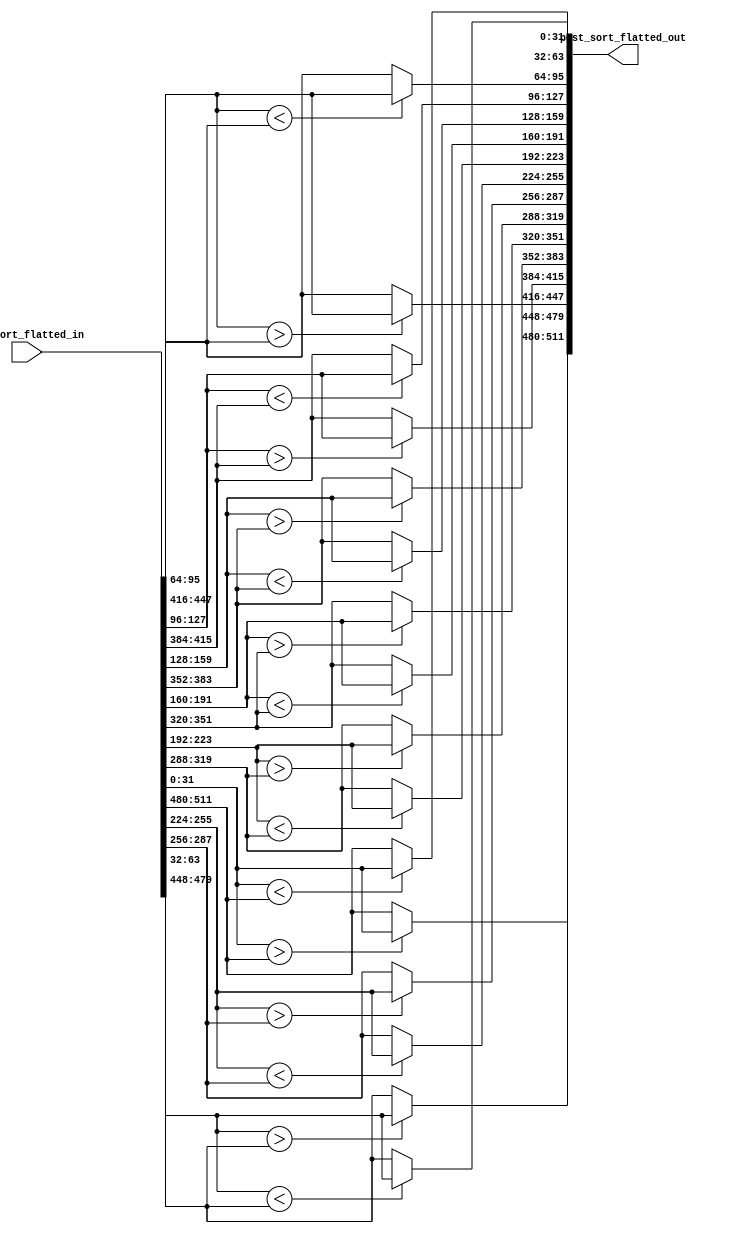
module bitonic_sorter_orange
#(
    parameter SINGLE_WAY_WIDTH_IN_BITS = 32,
    parameter NUM_WAY                  = 16 // must be a power of 2
)
(
    input  [SINGLE_WAY_WIDTH_IN_BITS * NUM_WAY - 1 : 0]  pre_sort_flatted_in,
    output [SINGLE_WAY_WIDTH_IN_BITS * NUM_WAY - 1 : 0]  post_sort_flatted_out
);

generate
genvar gen;

for(gen = 0; gen < NUM_WAY / 2; gen = gen + 1)
begin
    assign post_sort_flatted_out[gen * SINGLE_WAY_WIDTH_IN_BITS +: SINGLE_WAY_WIDTH_IN_BITS] = 
    
   (pre_sort_flatted_in[gen * SINGLE_WAY_WIDTH_IN_BITS +: SINGLE_WAY_WIDTH_IN_BITS] <
    pre_sort_flatted_in[(NUM_WAY - gen - 1) * SINGLE_WAY_WIDTH_IN_BITS +: SINGLE_WAY_WIDTH_IN_BITS]) ?
    pre_sort_flatted_in[gen * SINGLE_WAY_WIDTH_IN_BITS +: SINGLE_WAY_WIDTH_IN_BITS]  :
    pre_sort_flatted_in[(NUM_WAY - gen - 1) * SINGLE_WAY_WIDTH_IN_BITS +: SINGLE_WAY_WIDTH_IN_BITS];

    assign post_sort_flatted_out[(NUM_WAY - gen - 1) * SINGLE_WAY_WIDTH_IN_BITS +: SINGLE_WAY_WIDTH_IN_BITS] = 
    
   (pre_sort_flatted_in[gen * SINGLE_WAY_WIDTH_IN_BITS +: SINGLE_WAY_WIDTH_IN_BITS] >
    pre_sort_flatted_in[(NUM_WAY - gen - 1) * SINGLE_WAY_WIDTH_IN_BITS +: SINGLE_WAY_WIDTH_IN_BITS]) ?
    pre_sort_flatted_in[gen * SINGLE_WAY_WIDTH_IN_BITS +: SINGLE_WAY_WIDTH_IN_BITS]  :
    pre_sort_flatted_in[(NUM_WAY - gen - 1) * SINGLE_WAY_WIDTH_IN_BITS +: SINGLE_WAY_WIDTH_IN_BITS];
end

endgenerate

endmodule